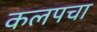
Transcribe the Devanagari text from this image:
कलपचा